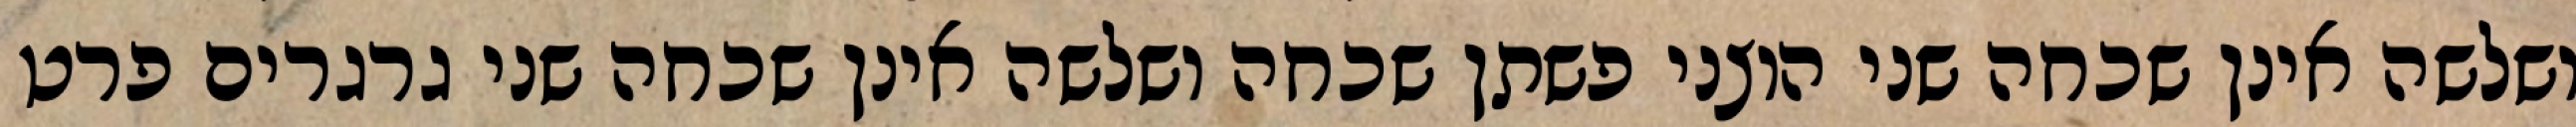
ושלשה אינן שכחה שני הוצני פשתן שכחה ושלשה אינן שכחה שני גרגרים פרט